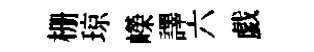
栅琼嶸譯六戯